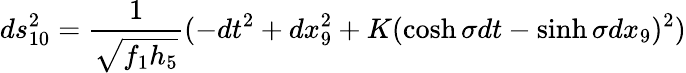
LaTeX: ds_{10}^{2}=\frac{1}{\sqrt{f_{1}h_{5}}}(-dt^{2}+dx_{9}^{2}+K(\cosh\sigma dt-\sinh\sigma dx_{9})^{2})